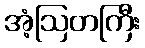
အံ့ဩတကြီး